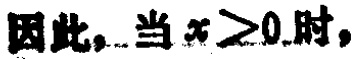
因此，当 \(x \geq 0\) 时，